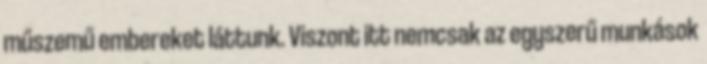
műszemű embereket láttunk. Viszont itt nemcsak az egyszerű munkások